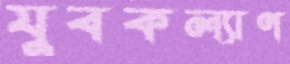
যুবকল্যাণ